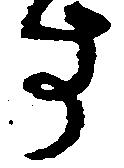
す